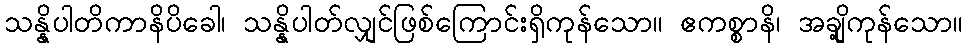
သန္နိပါတိကာနိပိခေါ၊ သန္နိပါတ်လျှင်ဖြစ်ကြောင်းရှိကုန်သော။ ဧကစ္စာနိ၊ အချို့ကုန်သော။